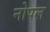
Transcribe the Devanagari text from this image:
नोपल